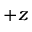
+ z